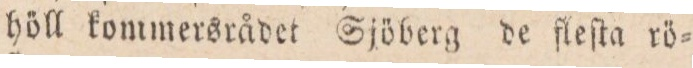
höll kommersrådet Sjöberg de fleſta rö=